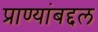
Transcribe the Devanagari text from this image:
प्राण्यांबद्दल